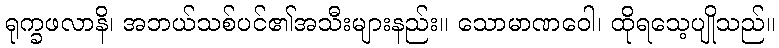
ရုက္ခဖလာနိ၊ အဘယ်သစ်ပင်၏အသီးများနည်း။ သောမာဏဝေါ၊ ထိုရသေ့ပျိုသည်။